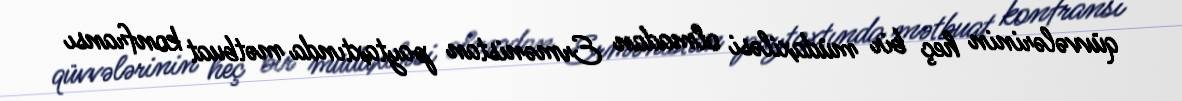
qüvvələrinin heç bir müdaxiləsi olmadan Ermənistan paytaxtında mətbuat konfransı